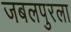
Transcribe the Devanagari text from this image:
जबलपुरला